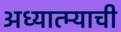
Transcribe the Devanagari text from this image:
अध्यात्म्याची